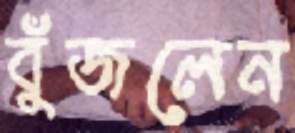
বুঁজলেন